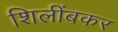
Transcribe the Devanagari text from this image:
शिलींबकर